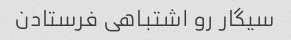
سیگار رو اشتباهی فرستادن